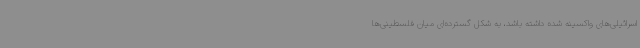
اسرائیلی‌های واکسینه شده داشته باشد، به شکل گسترده‌ای میان فلسطینی‌ها